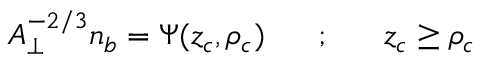
A _ { \perp } ^ { - 2 / 3 } n _ { b } = \Psi ( z _ { c } , \rho _ { c } ) ~ ~ ~ ~ ~ ; ~ ~ ~ ~ ~ z _ { c } \geq \rho _ { c }